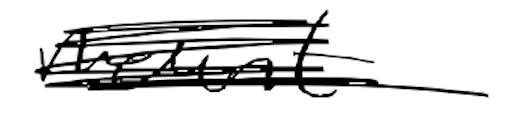
Text: mount
Cross-out: scratch
Writing tool: digital_black